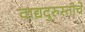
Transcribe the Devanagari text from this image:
वाद्यदुरुस्तीचे